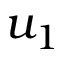
u _ { 1 }